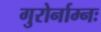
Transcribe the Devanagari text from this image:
गुरोर्नाम्नः